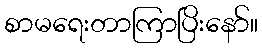
စာမရေးတာကြာပြိးနော်။